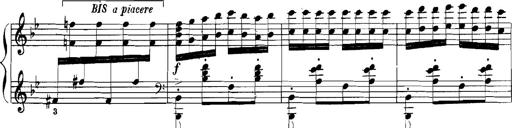
Title: Rhapsodies hongroises
Composer: Franz Liszt